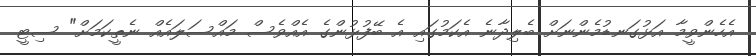
އެހެންވީމާ އަޅުގަނޑުމެންނަށް ބެލިދާނެ އެކަމުގައި އެ ބޭފުޅުންގެ އެއްވެސް މައްސަލައެއް ނެތީކަމަށް" ސިޓީ